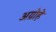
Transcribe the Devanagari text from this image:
अग्रोहे